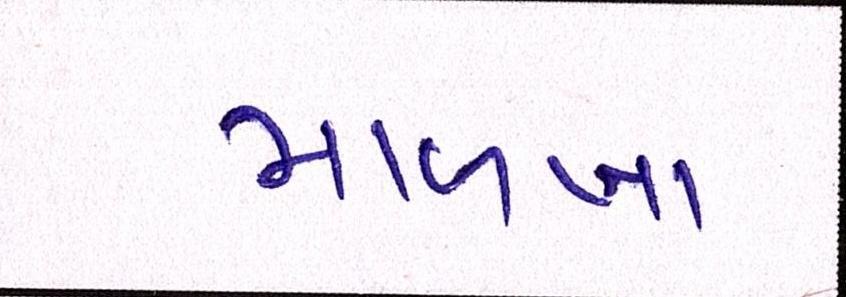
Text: માળખા